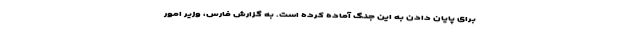
برای پایان دادن به این جنگ آماده کرده است. به گزارش فارس، وزیر امور